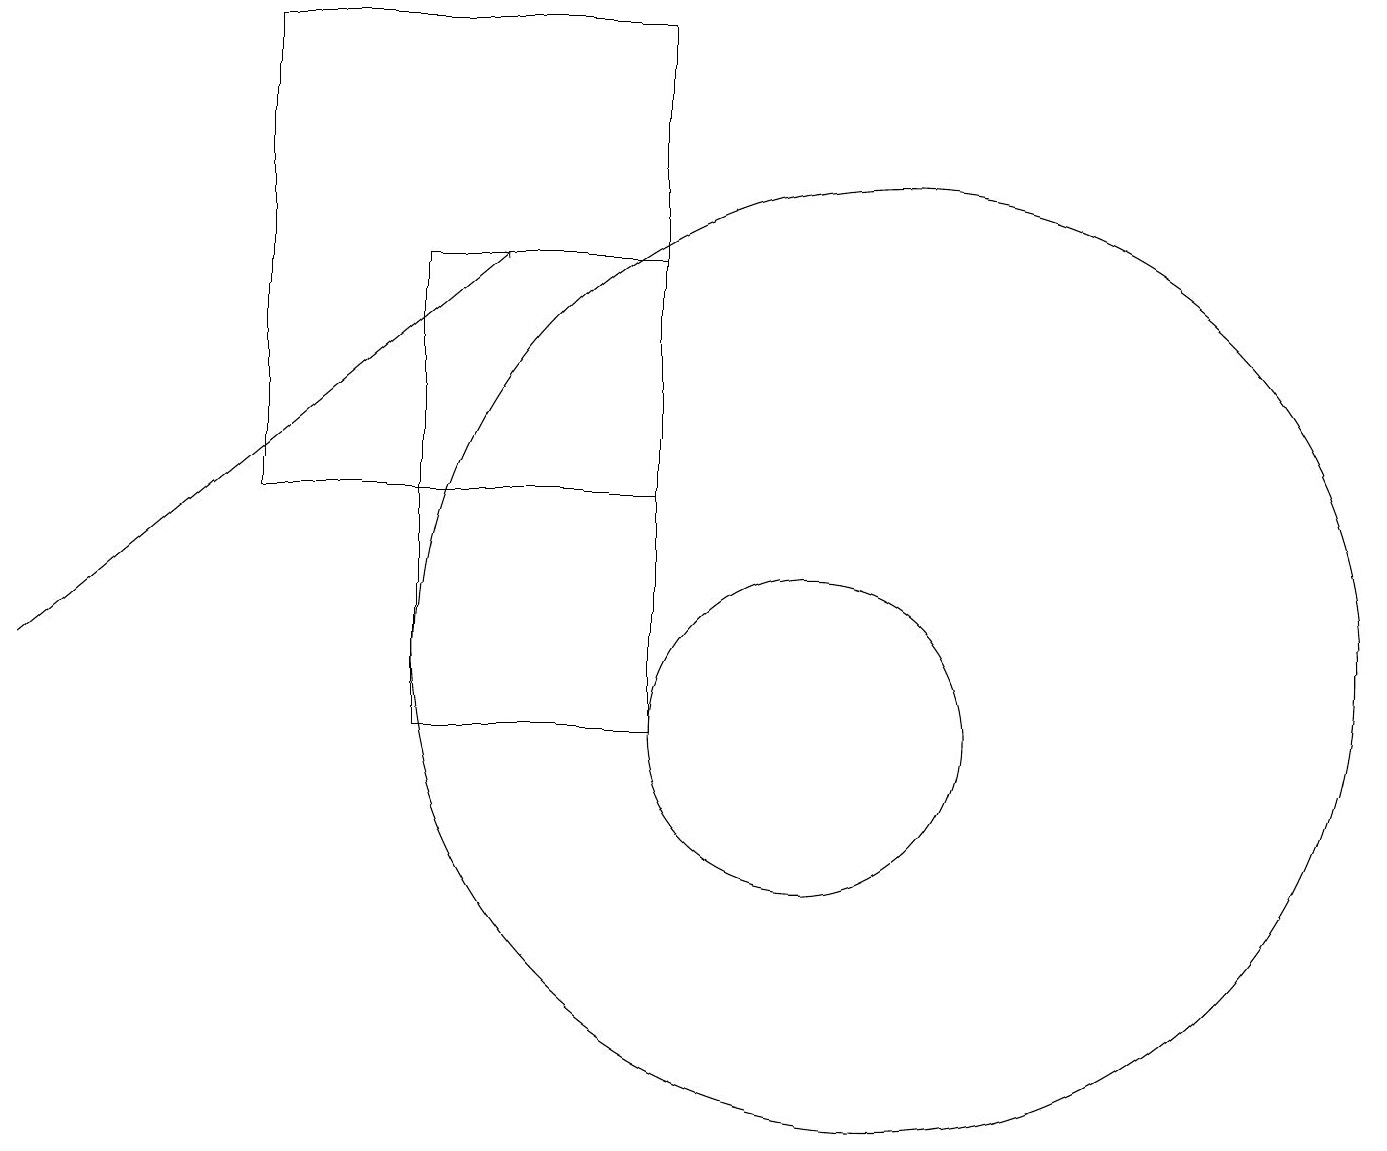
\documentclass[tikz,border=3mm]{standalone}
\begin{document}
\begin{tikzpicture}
\draw (9,13) rectangle (4,19);
\draw (12,11) circle (6);
\draw[->] (1,11) -- (7,16);
\draw (11,10) circle (2);
\draw (6,10) rectangle (9,16);
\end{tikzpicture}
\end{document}